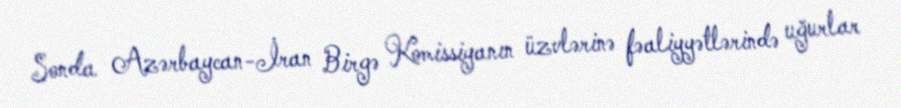
Sonda Azərbaycan-İran Birgə Komissiyanın üzvlərinə fəaliyyətlərində uğurlar